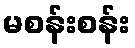
မစန်းစန်း